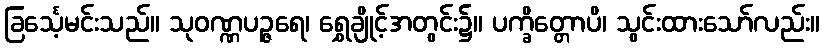
ခြင်္သေ့မင်းသည်။ သုဝဏ္ဏပဉ္ဇရေ၊ ရွှေချိုင့်အတွင်း၌။ ပက္ခိတ္တောပိ၊ သွင်းထားသော်လည်း။